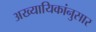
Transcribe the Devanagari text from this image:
अख्यायिकांनुसार